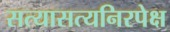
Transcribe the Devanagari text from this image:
सत्यासत्यनिरपेक्ष